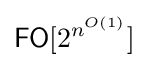
{\mathsf {FO}}[2^{n^{O(1)}}]